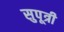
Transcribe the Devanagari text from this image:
सुपूत्री